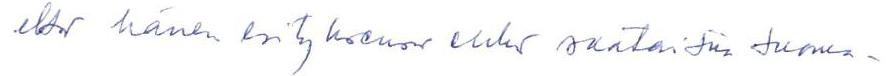
että hänen esityksensä ehkä saataisiin suoma-